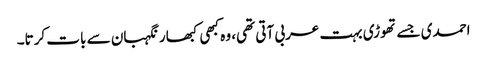
احمدی جسے تھوڑی بہت عربی آتی تھی، وہ کبھی کبھار نگہبان سے بات کرتا۔